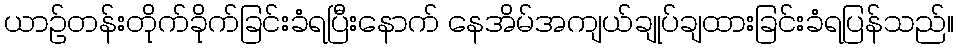
ယာဉ်တန်းတိုက်ခိုက်ခြင်းခံရပြီးနောက် နေအိမ်အကျယ်ချုပ်ချထားခြင်းခံရပြန်သည်။